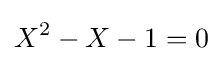
X^{2}-X-1=0